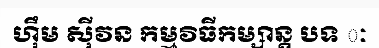
ហ៊ឹម ស៊ីវន កម្មវិធីកម្សាន្ត បទ ៈ